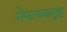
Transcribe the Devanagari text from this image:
नेपत्थ्यगृह